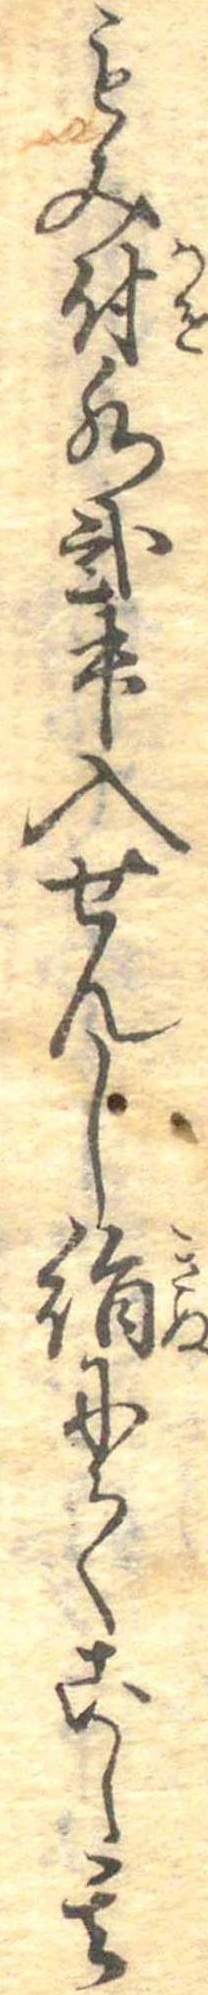
もみ付水弐升入せんし絹にてこし其